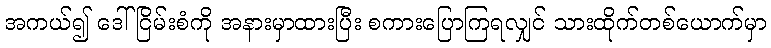
အကယ်၍ ဒေါ်ငြိမ်းစံကို အနားမှာထားပြီး စကားပြောကြရလျှင် သားထိုက်တစ်ယောက်မှာ